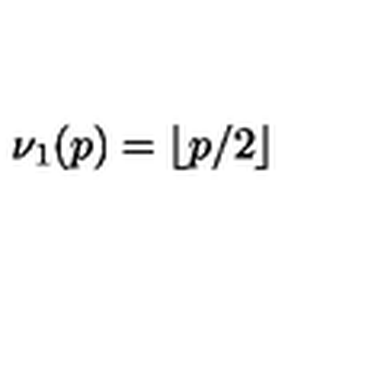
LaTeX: \nu _ { 1 } ( p ) = \lfloor p / 2 \rfloor